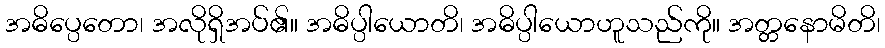
အဓိပ္ပေတော၊ အလိုရှိအပ်၏။ အဓိပ္ပါယောတိ၊ အဓိပ္ပါယောဟူသည်ကို။ အတ္တနောမိတိ၊